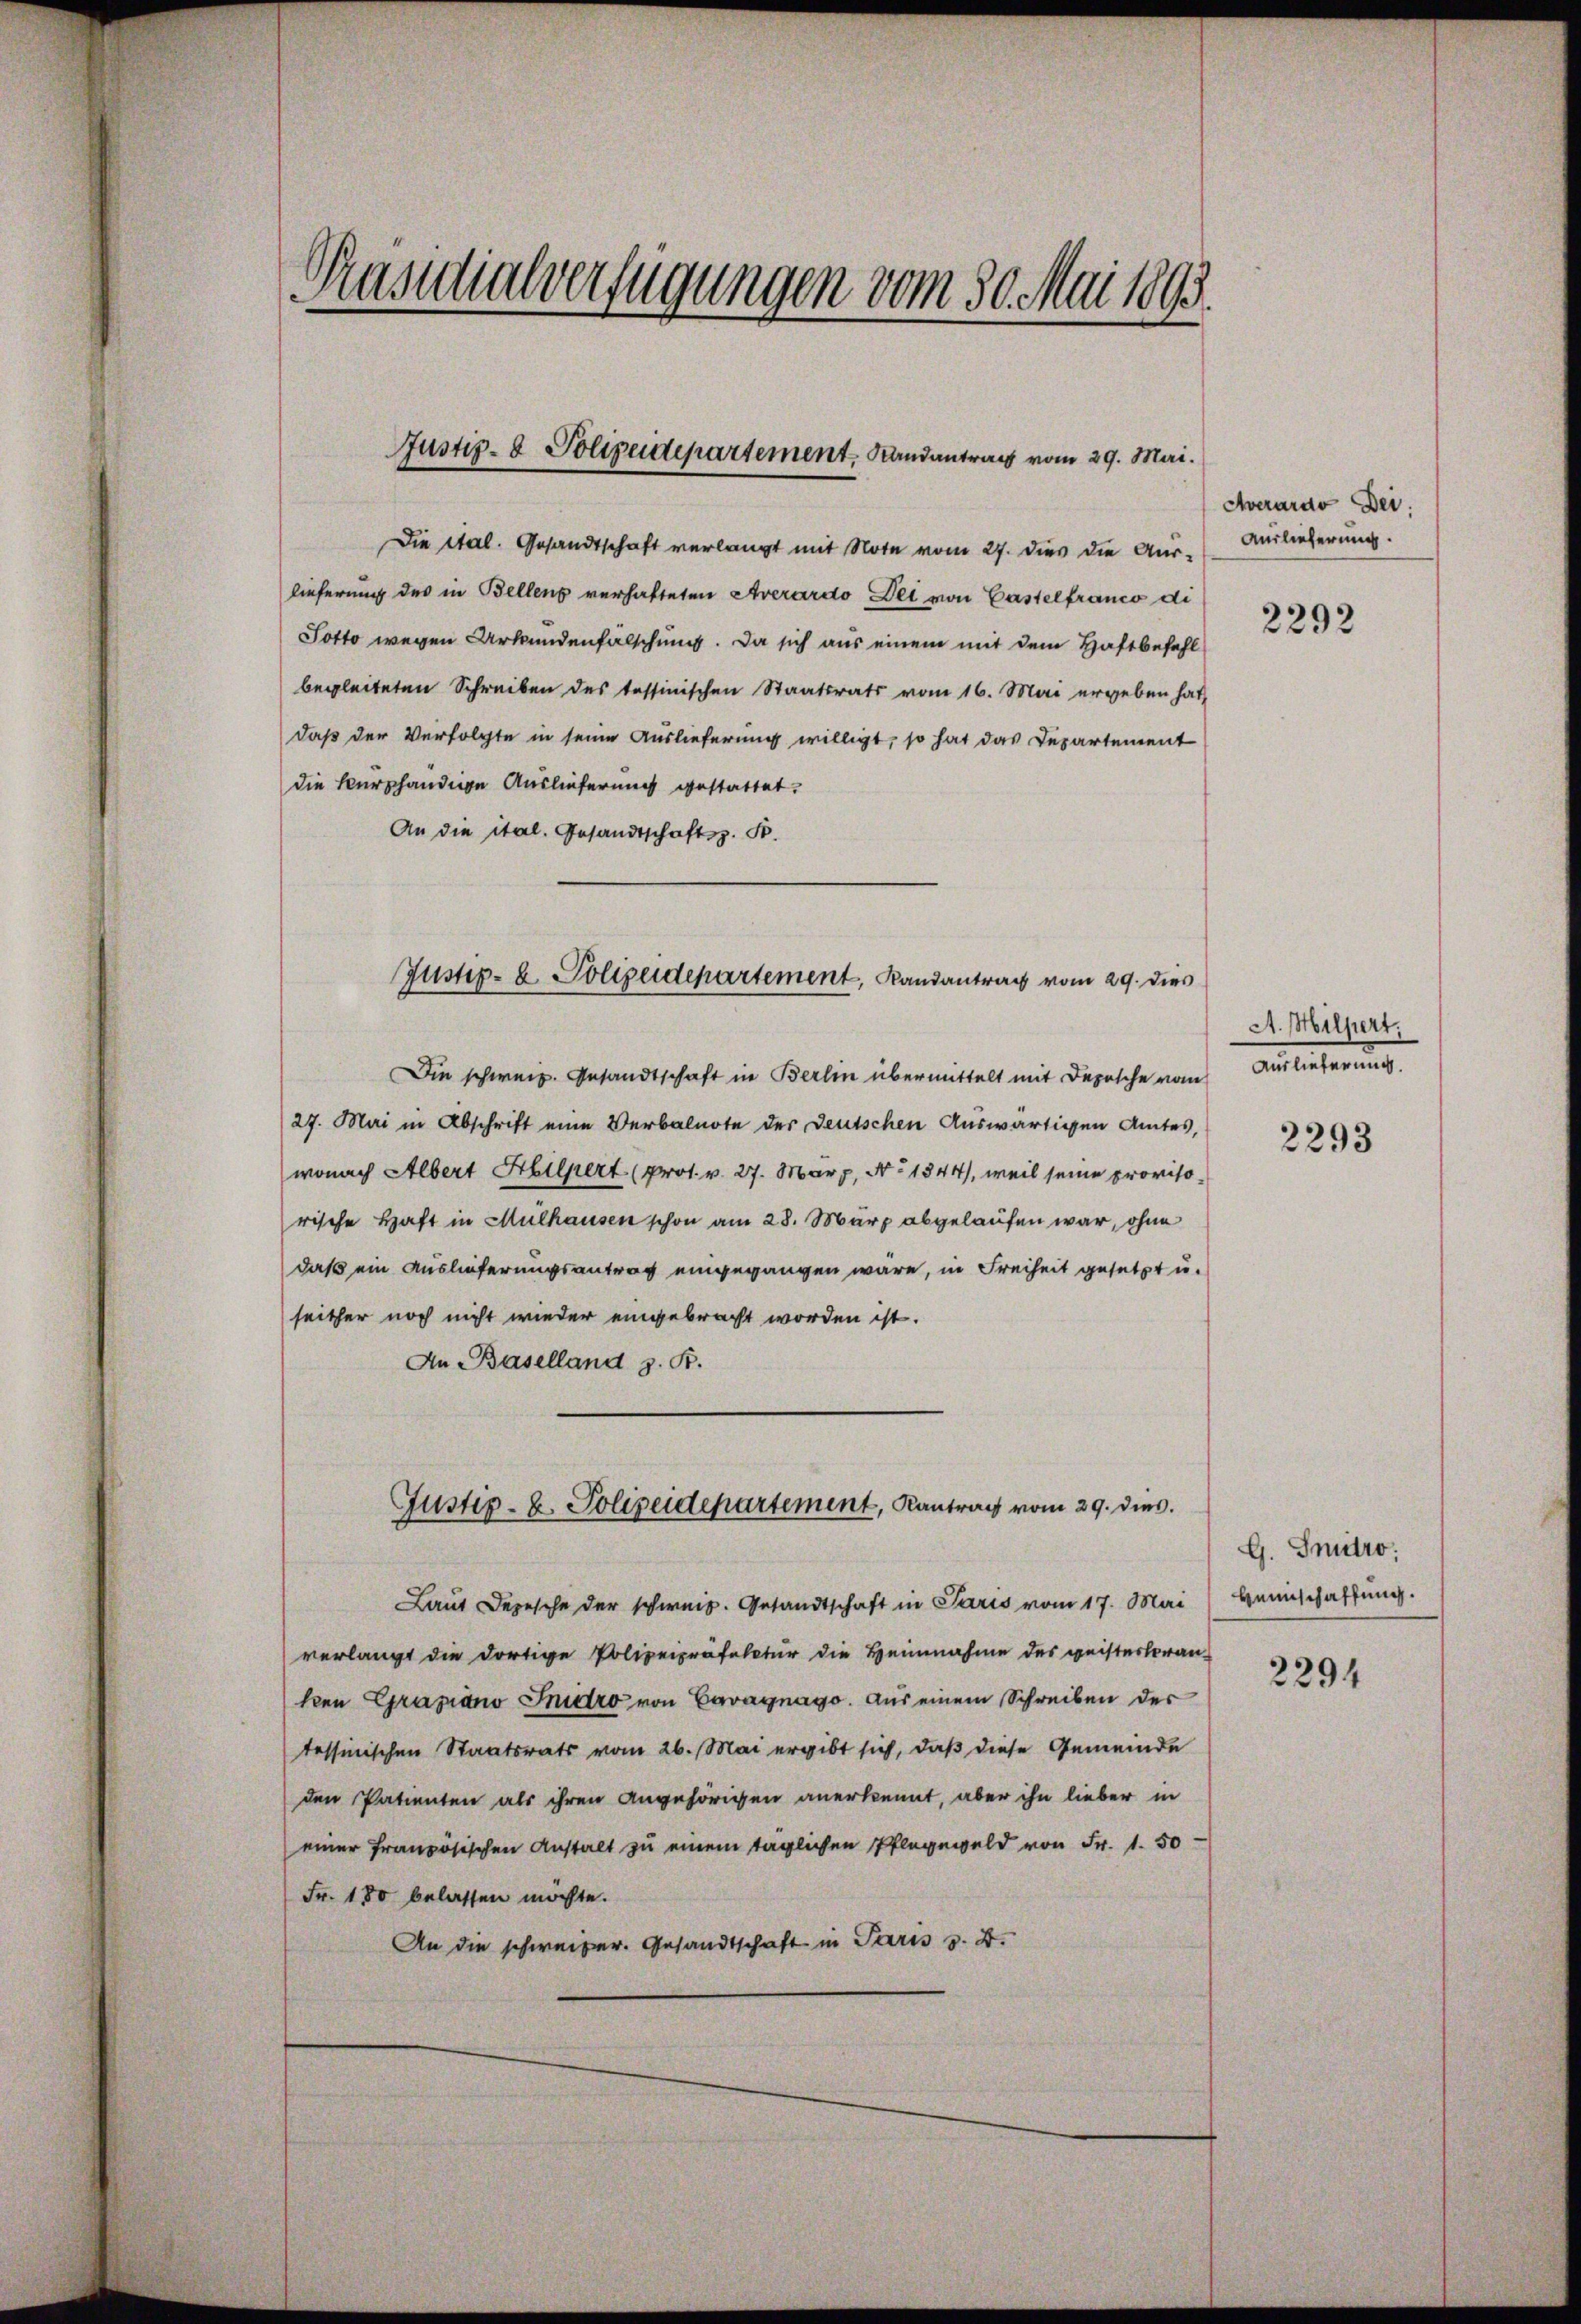
Präsidialverfügungen vom 30. Mai 1893.

Justiz- & Polizeidepartement, Randantrag vom 29. Mai.

Die Stal. Gesandtschaft verlangt mit Note vom 27. dies die Aus-
lieferung des in Bellen verhalteten Averardo Dei von Castelfranco di
Potto wegen Urkundenfälschung. Da sich aus einem mit dem Haftbefehl
begleiteten Schreiben des tessinischen Staatsrats vom 16. Mai ergeben hat,
daß der Verfolgte in seine Auslieferung willigt, so hat das Departement
die kurphändige Auslieferung gestattet.
An die ital. Gesandtschaftsz. S.
Die schweiz. Gesandtschaft in Berlin übermittelt mit Depesche vom
27. Mai in Abschrift eine Verbalnote der Deutschen Auswärtigen Amtes,
wonach Albert Hilpert (pros. v. 27. März, No 1844, weil seine provisorische Haft in Mülhausen schon am 28. März abgelaufen war, ohne
daß ein Auslieferungsantrag eingegangen wäre, in Freiheit gesetzt u.
seither noch nicht wieder eingebracht worden ist.
An Baselland z. B.
Justiz- u. Polizeidepartement, Kantrag vom 29. dies
Laut Depesche der schweiz. Gesandtschaft in Paris vom 17. Mai
verlangt die dortige Polizeipräfectur die Heinnahme des geisterberan-
ken Grasiano Dnistro von Cavagnago. Aus einem Schreiben der
tessinischen Staatsrats vom 26. Mai ergibt sich, daß diese Gemeinde
den Patienten als ihren angehörigen anerkennt, aber ihn lieber in
einer französischen Anstalt zu einem täglichen Pfleggeld von Fr. 1.50
Fr. 180 belassen möchte.
An die schweizer. Gesandtschaft in Paris v. 4.

Justiz- u. Polizeidepartement, Randantrag vom 29. dies

Averardo Dei
Auslieferung.
2292

A. Milliert.
Anleiterung

2293

G. Smutro;
Heimschaffung.

2294